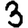
Digit: 3